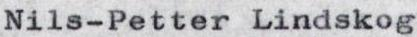
Nils-Petter Lindskog